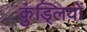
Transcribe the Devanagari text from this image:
कुंड्लियों